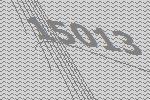
15013